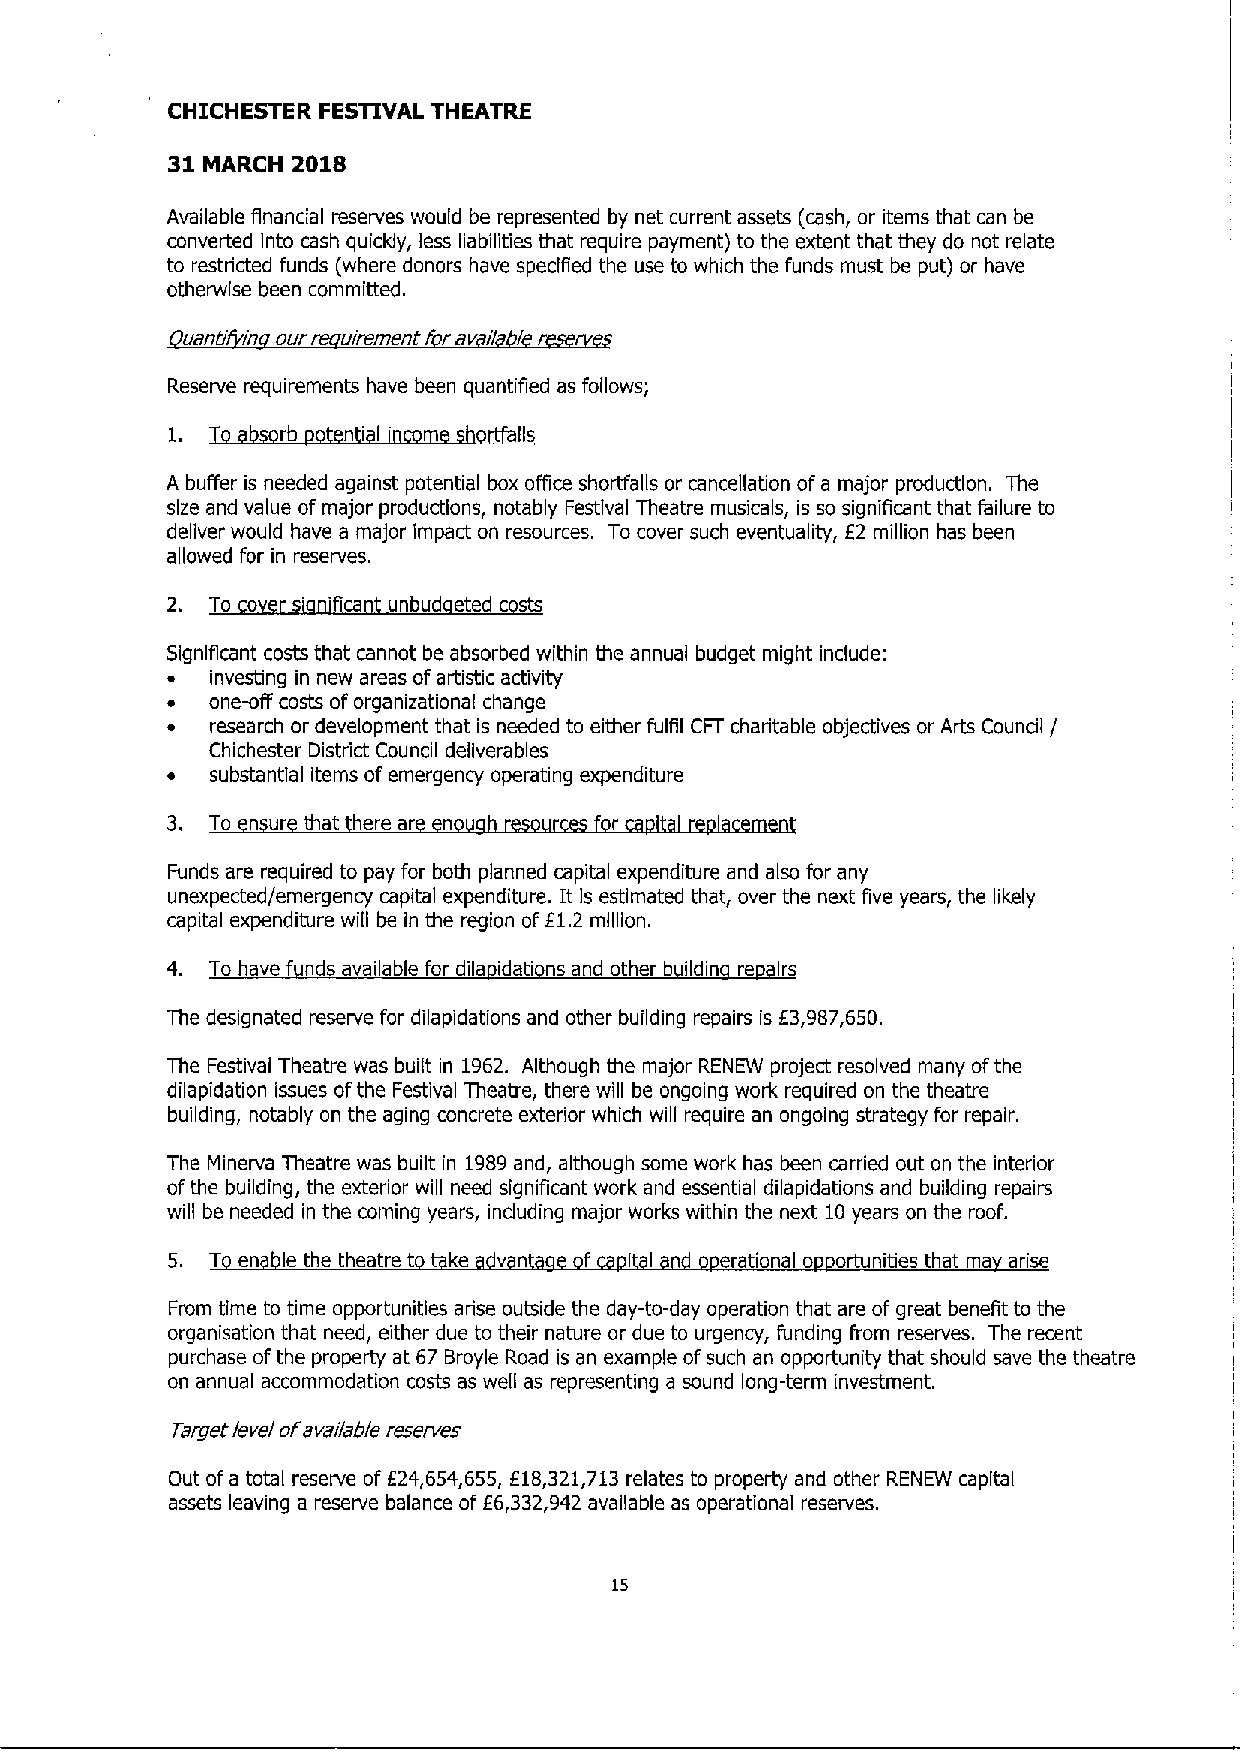
CHICHESTER FESTIVAL THEATRE
 31      2018
 MARCH
 Available financial reserves would be represented by net current assets (cash, or items that can be
 converted into cash quickly, less liabilities that require payment) to the extent that they do not relate
 to restricted funds (where donors have specified the use to which the funds must be put) or have
 otherwise been committed.
 uanti in our uirement ra II I
 Reserve requirements have been quantified as follows;
 I'
 1.      r   ni         lls
 A buffer is needed against potential box office shoitfalls or cancellation ofa major production. The
 size and value of major productions, notably Festival Theatre musicals, is so significant that failure to
 deliver would have a major impact on resources. To cover such eventuality, 62 million has been
 allowed for in reserves.
 2. To    ' 'fice u bud eted c sis
 Significant costs that cannot be absorbed within the annual budget might include:
 ~  investing in new areas ofartistic activity
 ~  one-off costs oforganizational change
 ~  research or development that is needed to either fulfil CFT charitable objectives or Arts Coundl /
 Chichester District Council deliverables
 ~  substantial items of emergency operating expenditure
 3. T  n ur that here ar n
 Funds are required to pay for both planned capital expenditure and also for any
 unexpected/emergency capital expenditure. It Is estimated that, over the next five years, the likely
 capital expenditure will be in the region
 off1.
 2 million.
 4. To have f nds available for dila idati ns nd other il in re irs
 The designated reserve for dilapidations and other building repairs is E3,987,650.
 The Festival Theatre was built in 1962. Although the major RENEW project resolved many ofthe
 dilapidation issues ofthe Festival Theatre, there will be ongoing work required on the theatre
 building, notably on the aging concrete exterior which will require an ongoing strategy for repair.
 The Minerva Theatre was built in 1989and, although some work has been carried out on the interior
 ofthe building, the exterior will need significant work and essential dilapidations and building repairs
 will be needed in the coming years, induding major works within the next 10years on the roof.
 5. T en le the the tre ke v n f I I  erational o ortunities that ma arise
 From time to time opportunities arise outside the day-to-day operation that are of great benefit to the
 organisation that need, either due to their nature or due to urgency, funding from reserves. The recent
 purchase ofthe property at 67 Broyle Road is an example ofsuch an opportunity that should save the theatre
 on annual accommodation costs as well as representing a sound long-term investment.
 Target level ofavailable reserves
 Out ofa total reserve of E24,654,655, f18,321,713relates to property and other RENEW capital
 assets leaving a reserve balance of 66,332,942 available as operational reserves.